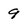
Character: 9